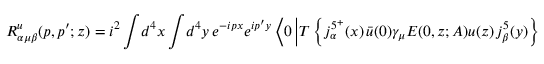
R _ { \alpha \mu \beta } ^ { u } ( p , p ^ { \prime } ; z ) = i ^ { 2 } \int \! d ^ { 4 } x \int \! d ^ { 4 } y \ e ^ { - i p x } e ^ { i p ^ { \prime } y } \left\langle 0 \left| T \left\{ j _ { \alpha } ^ { 5 ^ { + } } ( x ) \, \bar { u } ( 0 ) \gamma _ { \mu } E ( 0 , z ; A ) u ( z ) \, j _ { \beta } ^ { 5 } ( y ) \right\} \right| 0 \right\rangle \ ,